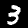
Label: 3